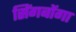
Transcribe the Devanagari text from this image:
सिंगबोंगा